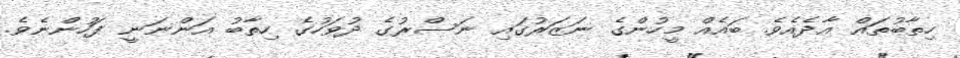
ހިތާބުތައް އާދެއެވެ. ބައެއް މީހުންގެ ނަޒަރުގައި ނަސްރުގެ ދުވަހުގެ ހިތާބު އަންނަނީ ފަހުންނެވެ.